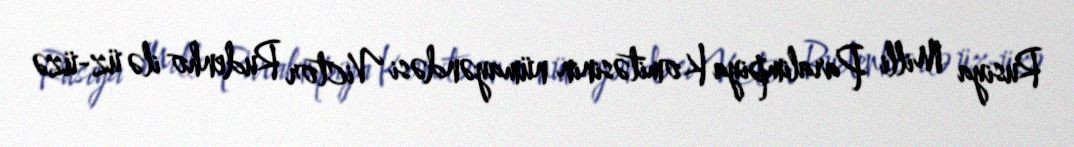
Rusiya Milli Paralimpiya Komitəsinin nümayəndəsi Victor Rudenho ilə üz-üzə